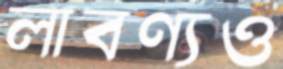
লাবণ্যও